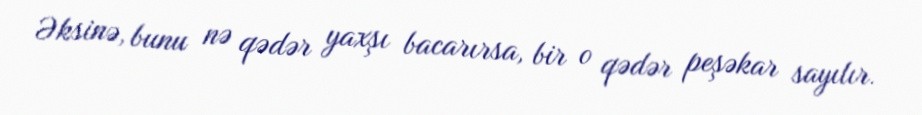
Əksinə, bunu nə qədər yaxşı bacarırsa, bir o qədər peşəkar sayılır.